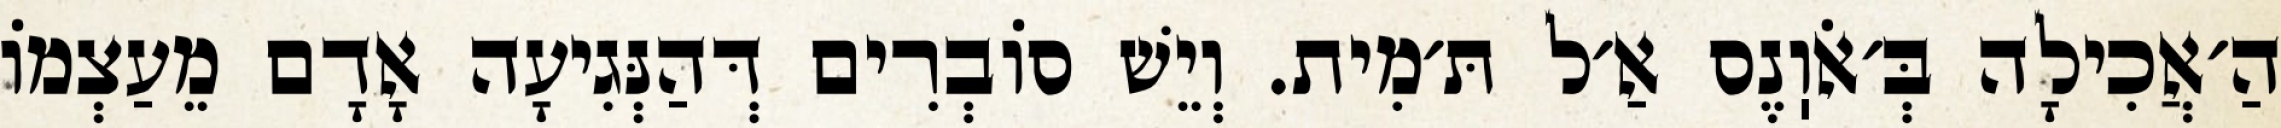
הַ׳אֲכִילָה בְּ׳אֹוֽנֶס אַ׳ל תּ׳מִית. וְיֵשׁ סוֹבְרִים דְּהַנְּגִיעָה אָדָם מֵעַצְמוֹ